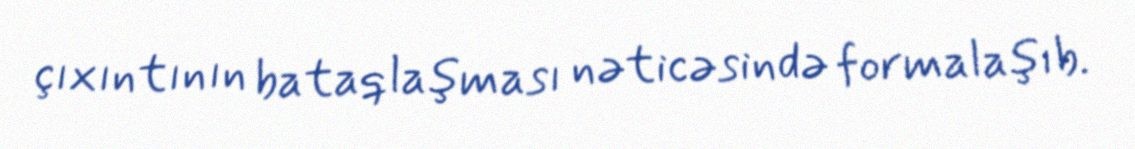
çıxıntının bataqlaşması nəticəsində formalaşıb.